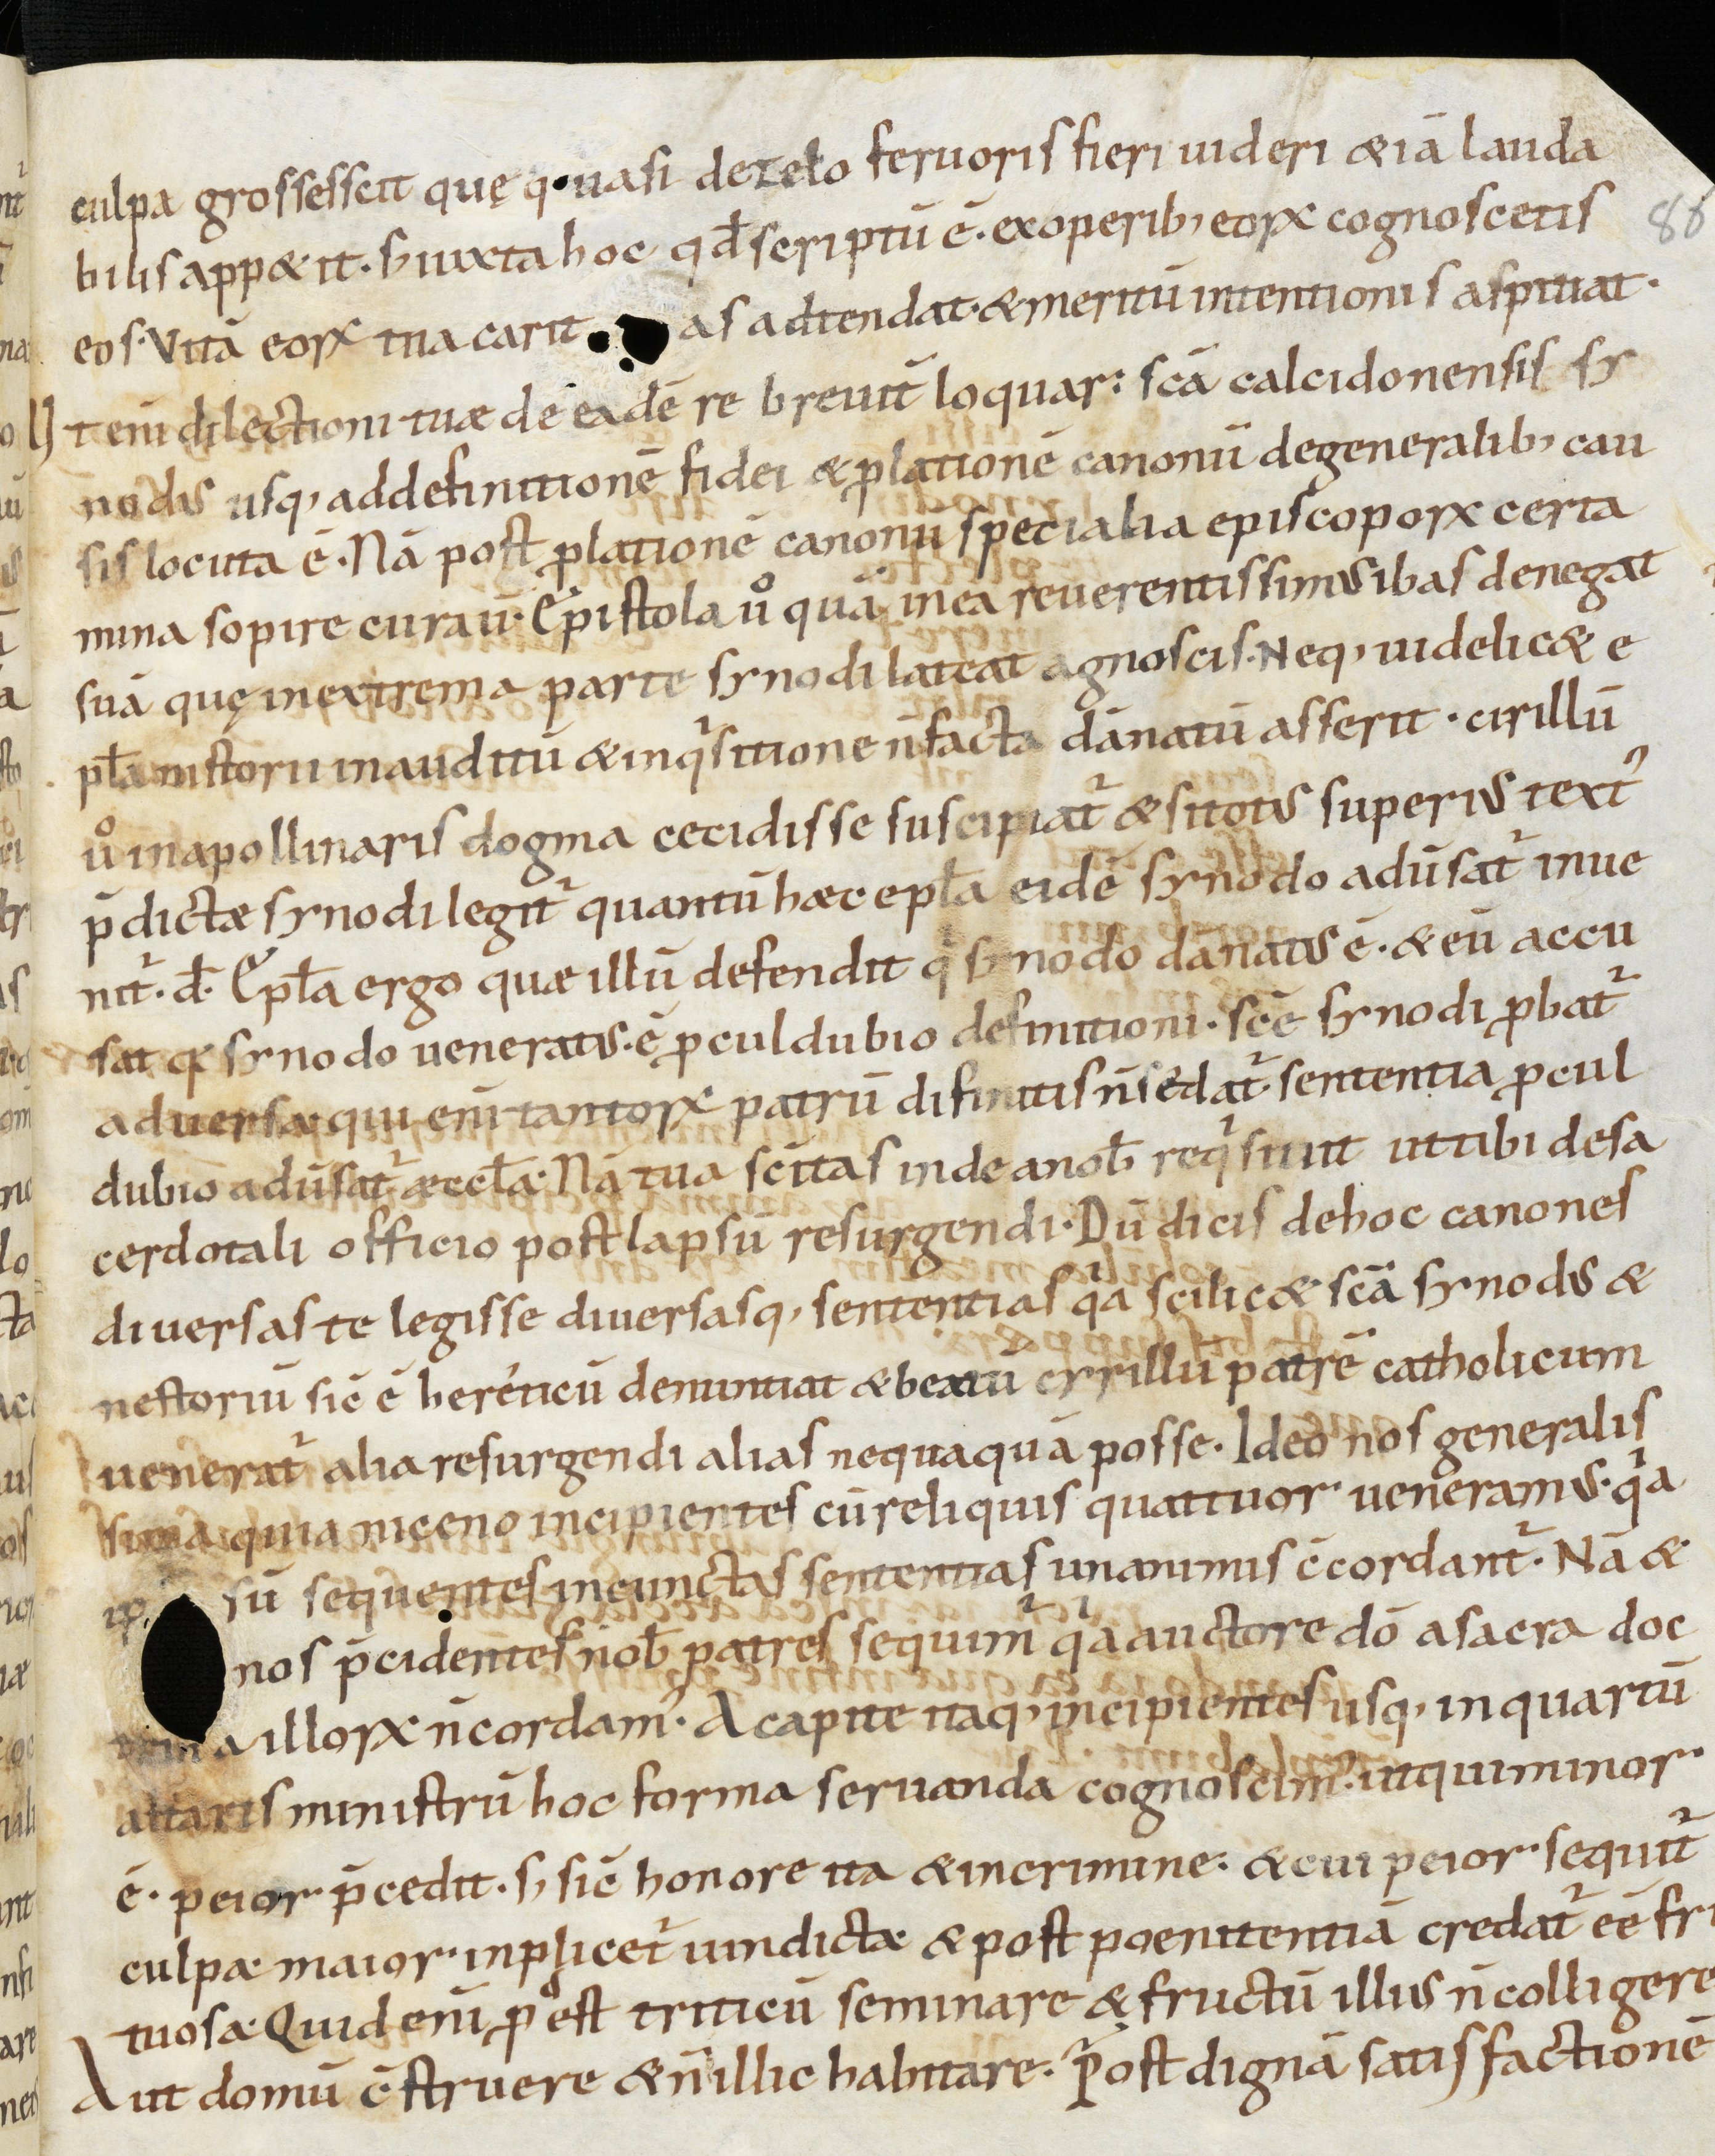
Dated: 950–999